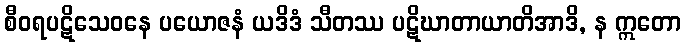
စီဝရပဋိသေဝနေ ပယောဇနံ ယဒိဒံ သီတဿ ပဋိဃာတာယာတိအာဒိ, န ဣတော